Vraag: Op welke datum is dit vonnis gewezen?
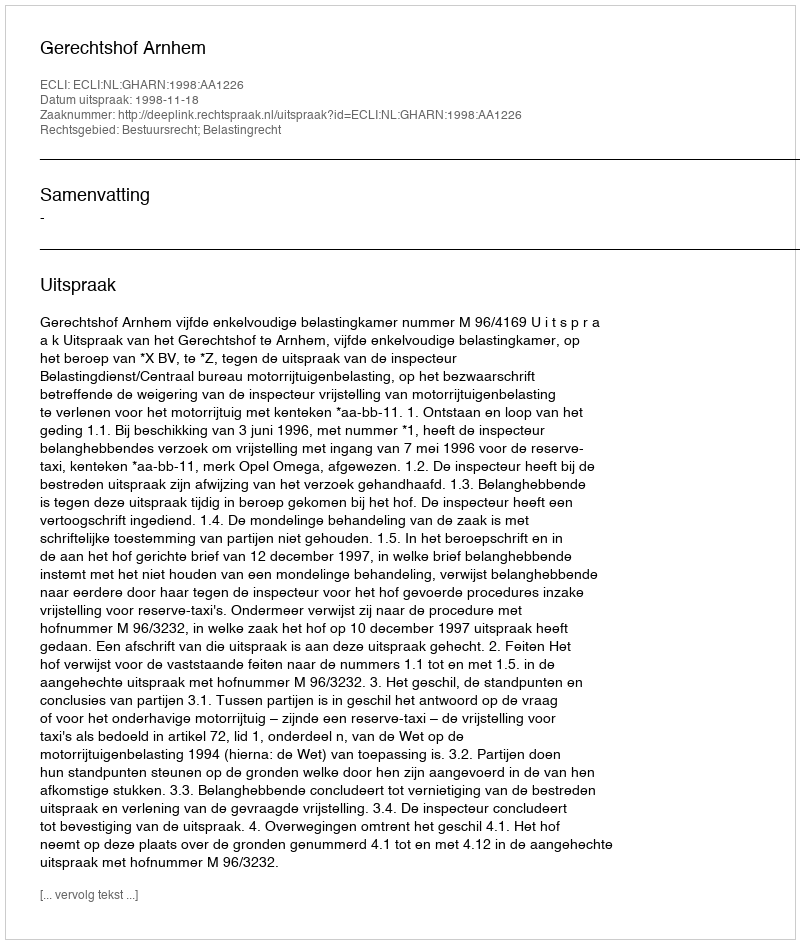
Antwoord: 1998-11-18